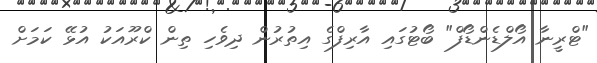
"ޓްރީނާ އޯލްޑެންޑޯފް" ބޯޓުގައި އާރިފްގެ އިތުރުން ދިވެހި ތިން ކްރޫއަކު އުޅޭ ކަމަށް